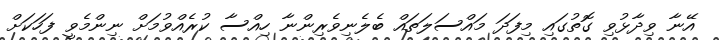
އޭނާ ވިދާޅުވި ގޮތުގައި މިފަދަ މައްސަލަތައް ބެލެނިވެރިންނާ ހިއްސާ ކުރެއްވުމަށް ނިންމެވީ ފަހަކަށް